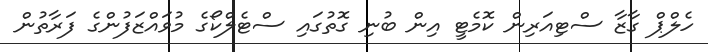
ހެލްޕް ގާޒާ ސްޓިއަރިން ކޮމެޓީ އިން ބުނި ގޮތުގައި ސްޓެލްކޯގެ މުވައްޒަފުންގެ ފަރާތުން